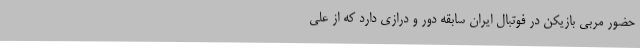
حضور مربی بازیکن در فوتبال ایران سابقه دور و درازی دارد که از علی